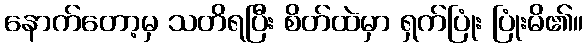
နောက်တော့မှ သတိရပြီး စိတ်ထဲမှာ ရှက်ပြုံး ပြုံးမိ၏။